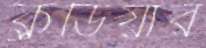
ক্লডিয়ার